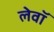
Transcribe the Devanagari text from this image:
लेवॉ